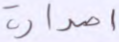
اصدارة